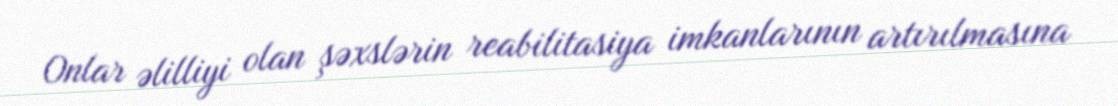
Onlar əlilliyi olan şəxslərin reabilitasiya imkanlarının artırılmasına